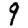
Digit: 9